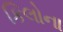
કિલોના